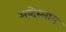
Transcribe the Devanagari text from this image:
अब्देस्लाम